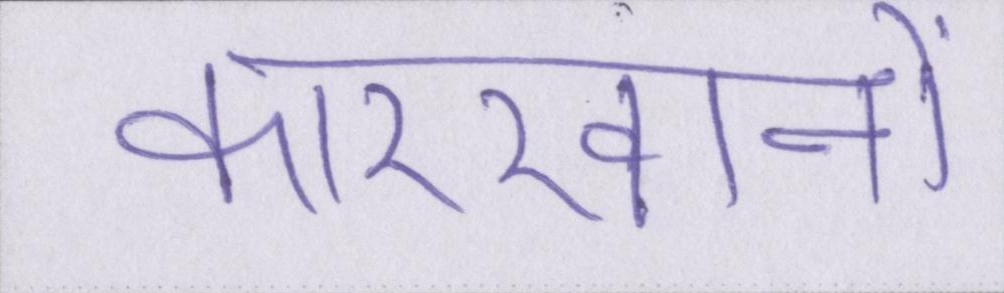
कारखानों